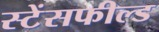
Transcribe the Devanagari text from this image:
स्टेंसफील्ड